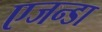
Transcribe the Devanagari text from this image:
एजन्डा